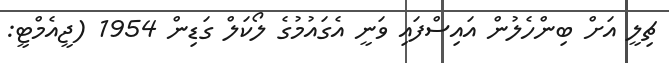
ޗިލީ އަށް ބިންހެލުން އައިސްފައި ވަނީ އެގައުމުގެ ލޯކަލް ގަޑިން 1954 (ޖީއެމްޓީ: